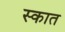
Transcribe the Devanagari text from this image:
स्कात